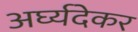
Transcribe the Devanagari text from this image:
अर्घ्यदेकर